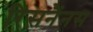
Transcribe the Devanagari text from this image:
रिसनैंनस